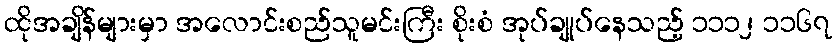
ထိုအချိန်များမှာ အလောင်းစည်သူမင်းကြီး စိုးစံ အုပ်ချုပ်နေသည့် ၁၁၁၂ ၁၁၆၇